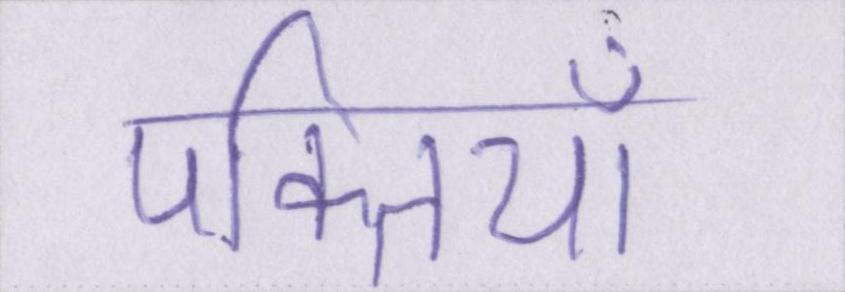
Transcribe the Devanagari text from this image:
पंक्तियाँ